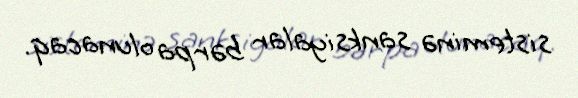
sisteminə sanksiyalar bərpa olunacaq.